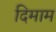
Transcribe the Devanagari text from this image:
दिमाम